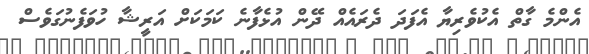
އެންމެ ގާތް އެކުވެރިޔާ އެފަދަ ދެރައެއް ދޭން އުޅެފާނެ ކަމަކަށް އަރީޝާ ހުވަފެނުގަވެސް